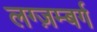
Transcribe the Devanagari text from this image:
लग्ज़म्बर्ग